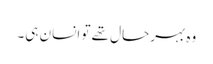
وہ بہرحال تھے تو انسان ہی۔